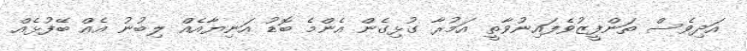
އަދިވެސް ތަންފީޒުވެފައިނުވާތީ އަމުރާ ގުޅިގެން އެންމެ ބޮޑު އަނިޔާއެއް ލިބުނު އެއް ބޭފުޅެއް